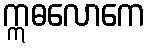
ဣဓလောကေ